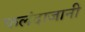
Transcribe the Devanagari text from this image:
फलंदाजानी